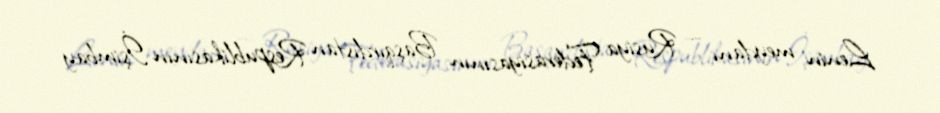
Lenin meydanı — Rusiya Federasiyasının Başqırdıstan Respublikasının İşimbay